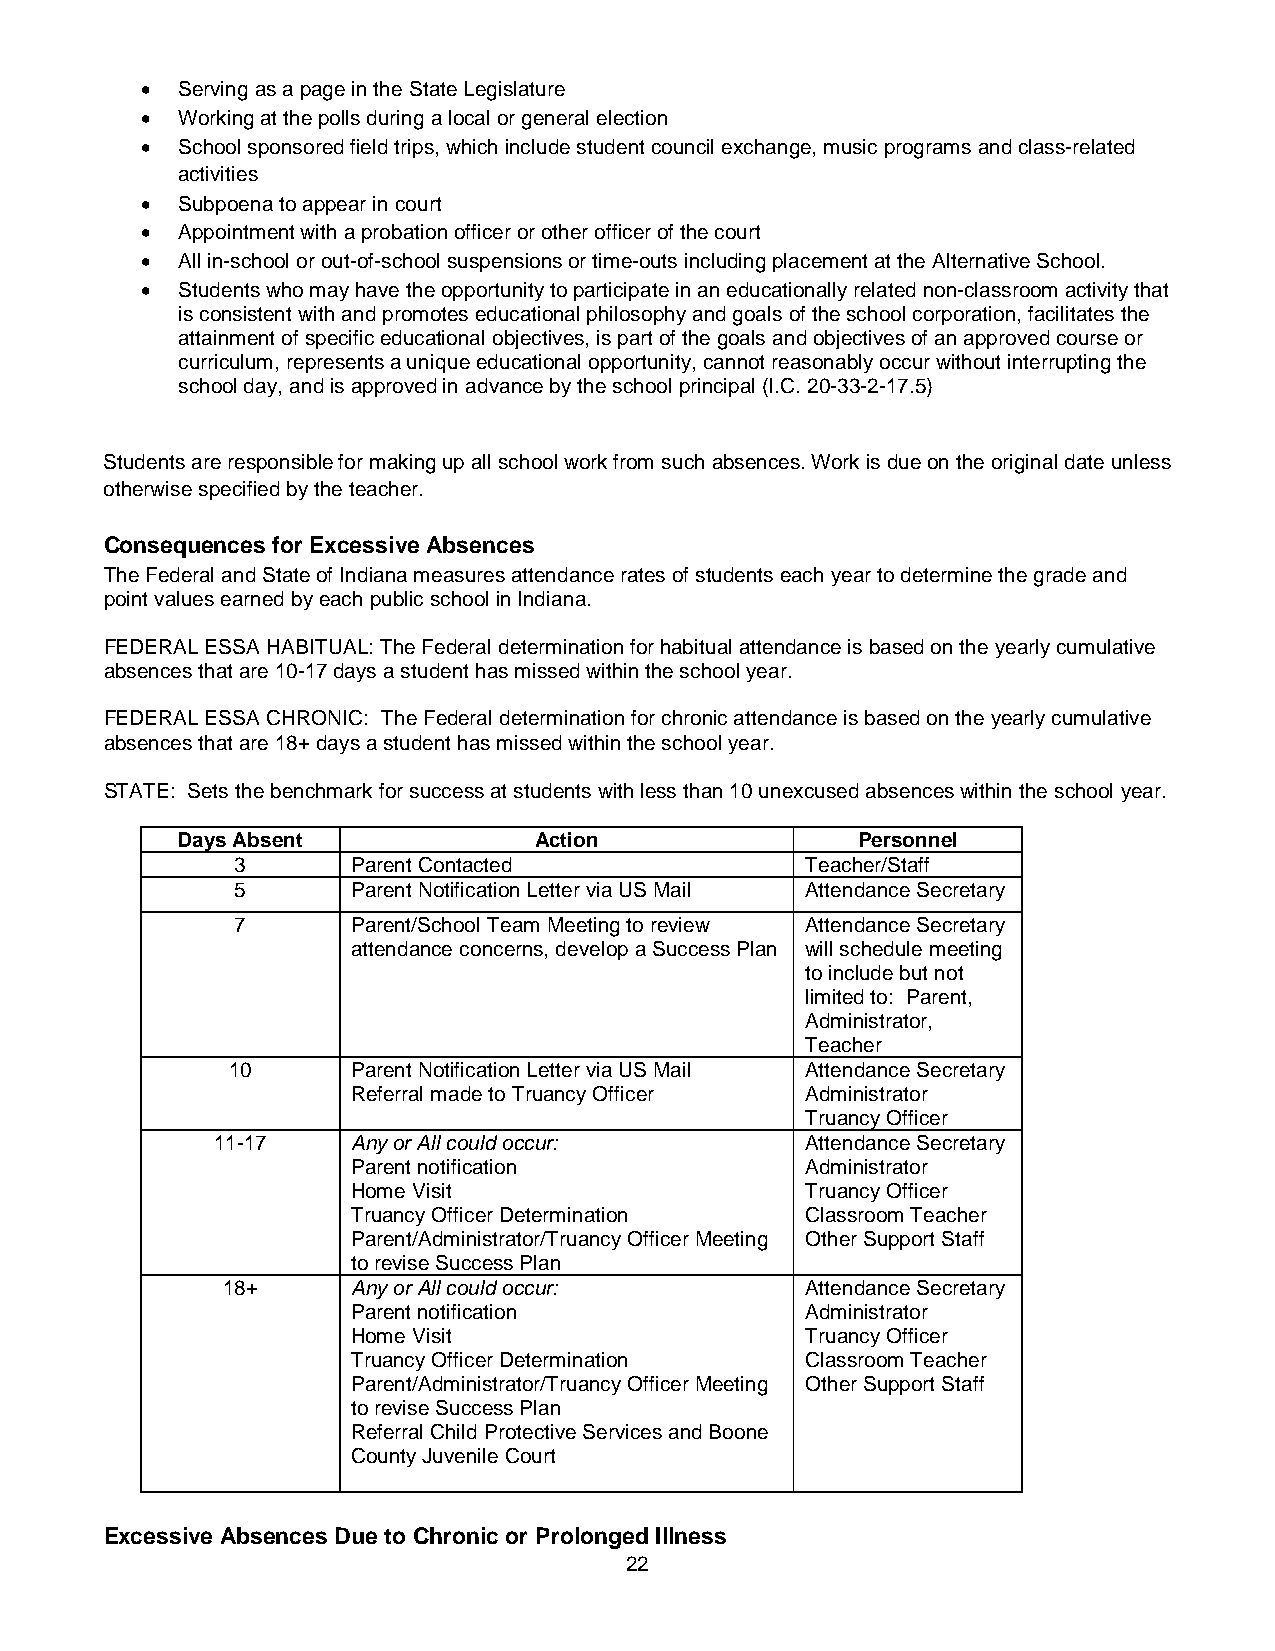
•  Serving as a page in the State Legislature
 •  Working at the polls during a local or general election
 •  School sponsored field trips, which include student council exchange, music programs and class-related
 activities
 •  Subpoena to appear in court
 •  Appointment with a probation officer or other officer of the court
 •  All in-school or out-of-school suspensions or time-outs including placement at the Alternative School.
 •  Students who may have the opportunity to participate in an educationally related non-classroom activity that
 is consistent with and promotes educational philosophy and goals of the school corporation, facilitates the
 attainment of specific educational objectives, is part of the goals and objectives of an approved course or
 curriculum, represents a unique educational opportunity, cannot reasonably occur without interrupting the
 school day, and is approved in advance by the school principal (I.C. 20-33-2-17.5)
 Students are responsible for making up all school work from such absences. Work is due on the original date unless
 otherwise specified by the teacher.
 Consequences for Excessive Absences
 The Federal and State of Indiana measures attendance rates of students each year to determine the grade and
 point values earned by each public school in Indiana.
 FEDERAL ESSA HABITUAL: The Federal determination for habitual attendance is based on the yearly cumulative
 absences that are 10-17 days a student has missed within the school year.
 FEDERAL ESSA CHRONIC: The Federal determination for chronic attendance is based on the yearly cumulative
 absences that are 18+ days a student has missed within the school year.
 STATE: Sets the benchmark for success at students with less than 10 unexcused absences within the school year.
 Days Absent            Action                Personnel
 3      Parent Contacted              Teacher/Staff
 5      Parent Notification Letter via US Mail Attendance Secretary
 7      Parent/School Team Meeting to review Attendance Secretary
 attendance concerns, develop a Success Plan will schedule meeting
 to include but not
 limited to: Parent,
 Administrator,
 Teacher
 10      Parent Notification Letter via US Mail Attendance Secretary
 Referral made to Truancy Officer Administrator
 Truancy Officer
 11-17    Any or All could occur:       Attendance Secretary
 Parent notification           Administrator
 Home Visit                    Truancy Officer
 Truancy Officer Determination Classroom Teacher
 Parent/Administrator/Truancy Officer Meeting Other Support Staff
 to revise Success Plan
 18+     Any or All could occur:       Attendance Secretary
 Parent notification           Administrator
 Home Visit                    Truancy Officer
 Truancy Officer Determination Classroom Teacher
 Parent/Administrator/Truancy Officer Meeting Other Support Staff
 to revise Success Plan
 Referral Child Protective Services and Boone
 County Juvenile Court
 Excessive Absences Due to Chronic or Prolonged Illness
 22